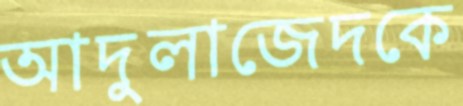
আদুলাজেদকে